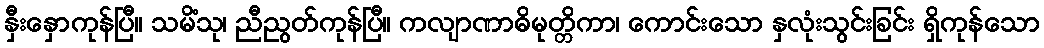
နှီးနှောကုန်ပြီ။ သမိံသု၊ ညီညွတ်ကုန်ပြီ။ ကလျာဏာဓိမုတ္တိကာ၊ ကောင်းသော နှလုံးသွင်းခြင်း ရှိကုန်သော